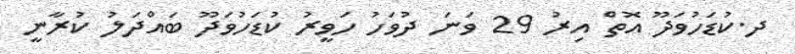
ދ.ކުޑަހުވަދޫ އޮތް އިރު 29 ވަނަ ދުވަހު ހަވީރު ކުޑަހުވަދޫ ބައްދަލު ކުރާނީ